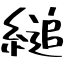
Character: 縋